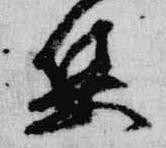
集